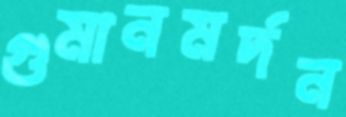
গুমানমর্দন